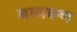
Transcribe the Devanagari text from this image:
नागफण